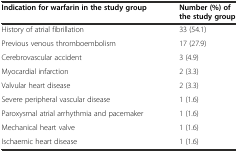
<table><thead><tr><td><b>Indication for warfarin in the study group</b></td><td><b>Number (%) of the study group</b></td></tr></thead><tbody><tr><td>History of atrial fibrillation</td><td>33 (54.1)</td></tr><tr><td>Previous venous thromboembolism</td><td>17 (27.9)</td></tr><tr><td>Cerebrovascular accident</td><td>3 (4.9)</td></tr><tr><td>Myocardial infarction</td><td>2 (3.3)</td></tr><tr><td>Valvular heart disease</td><td>2 (3.3)</td></tr><tr><td>Severe peripheral vascular disease</td><td>1 (1.6)</td></tr><tr><td>Paroxysmal atrial arrhythmia and pacemaker</td><td>1 (1.6)</td></tr><tr><td>Mechanical heart valve</td><td>1 (1.6)</td></tr><tr><td>Ischaemic heart disease</td><td>1 (1.6)</td></tr></tbody></table>